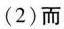
(2)而